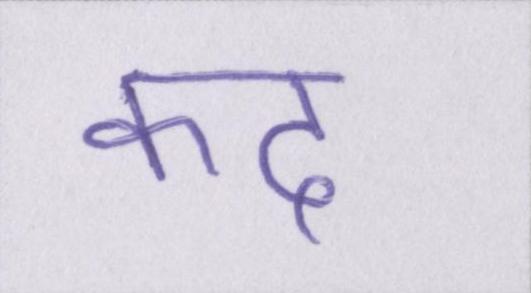
कद